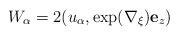
LaTeX: \begin{align*}W_\alpha=2(u_\alpha,\exp(\nabla_\xi){\bf e}_z)\end{align*}